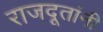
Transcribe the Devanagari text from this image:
राजदूतांनी